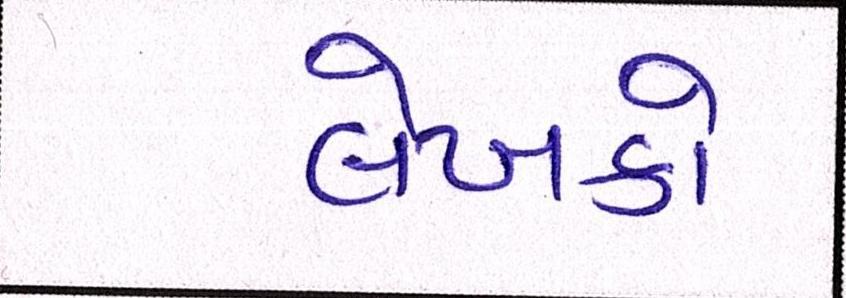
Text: લેખકો